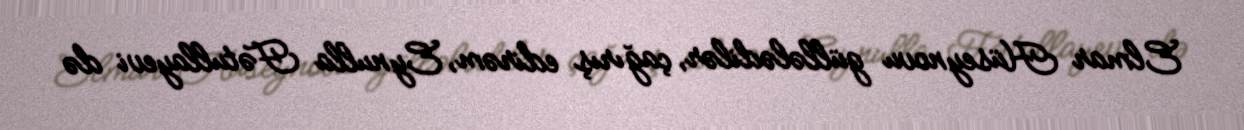
Elmar Hüseynovu güllələdilər, çağırış edirəm, Eynulla Fətullayevi də